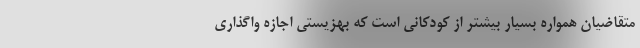
متقاضیان همواره بسیار بیشتر از کودکانی است که بهزیستی اجازه واگذاری